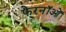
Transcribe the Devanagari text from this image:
फेरनॉओं